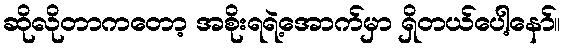
ဆိုလိုတာကတော့ အစိုးရရဲ့အောက်မှာ ရှိတယ်ပေါ့နော်။